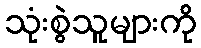
သုံးစွဲသူများကို